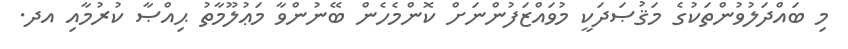
މި ބައްދަލުވުންތަކުގެ މަޤުޞަދަކީ މުވައްޒަފުންނަށް ކޮންމެހެން ބޭނުންވާ މަޢުލޫމާތު ޙިއްޞާ ކުރުމާއި އދ.